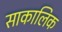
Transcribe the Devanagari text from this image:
साकालिक